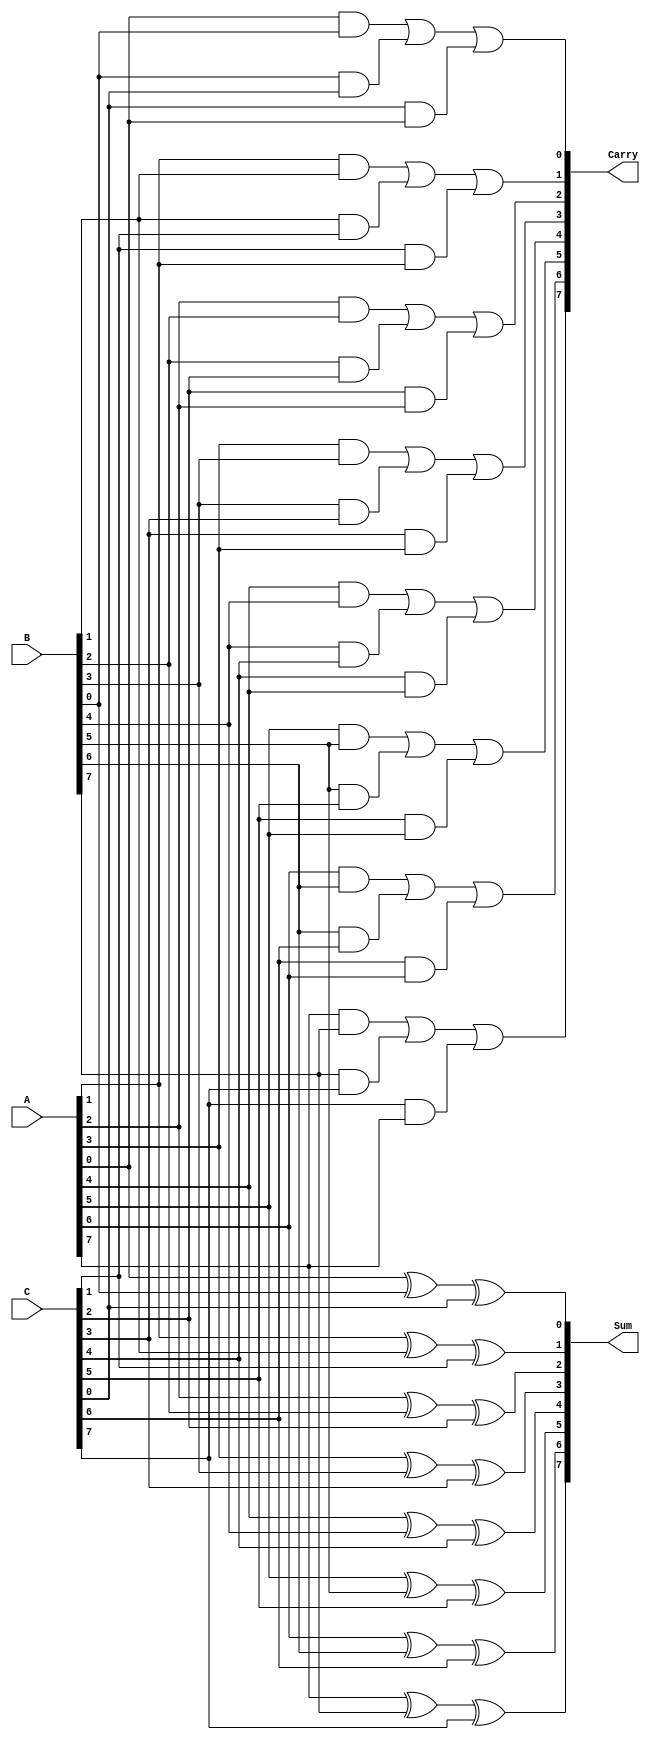
module carry_save_adder #(parameter n = 8) (
    input [n-1:0] A,    // First operand
    input [n-1:0] B,    // Second operand
    input [n-1:0] C,    // Third operand
    output [n-1:0] Sum,  // Sum output
    output [n-1:0] Carry // Carry output
);

    // Intermediate signals for carry and sum
    wire [n-1:0] sum_temp;
    wire [n-1:0] carry_temp;

    // Generate the sum and carry for each bit
    genvar i;
    generate
        for (i = 0; i < n; i = i + 1) begin : full_adder
            // Full adder logic
            assign sum_temp[i] = A[i] ^ B[i] ^ C[i]; // Sum
            assign carry_temp[i] = (A[i] & B[i]) | (B[i] & C[i]) | (C[i] & A[i]); // Carry
        end
    endgenerate

    // Assign outputs
    assign Sum = sum_temp;
    assign Carry = carry_temp;

endmodule